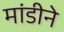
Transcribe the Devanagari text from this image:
मांडीने